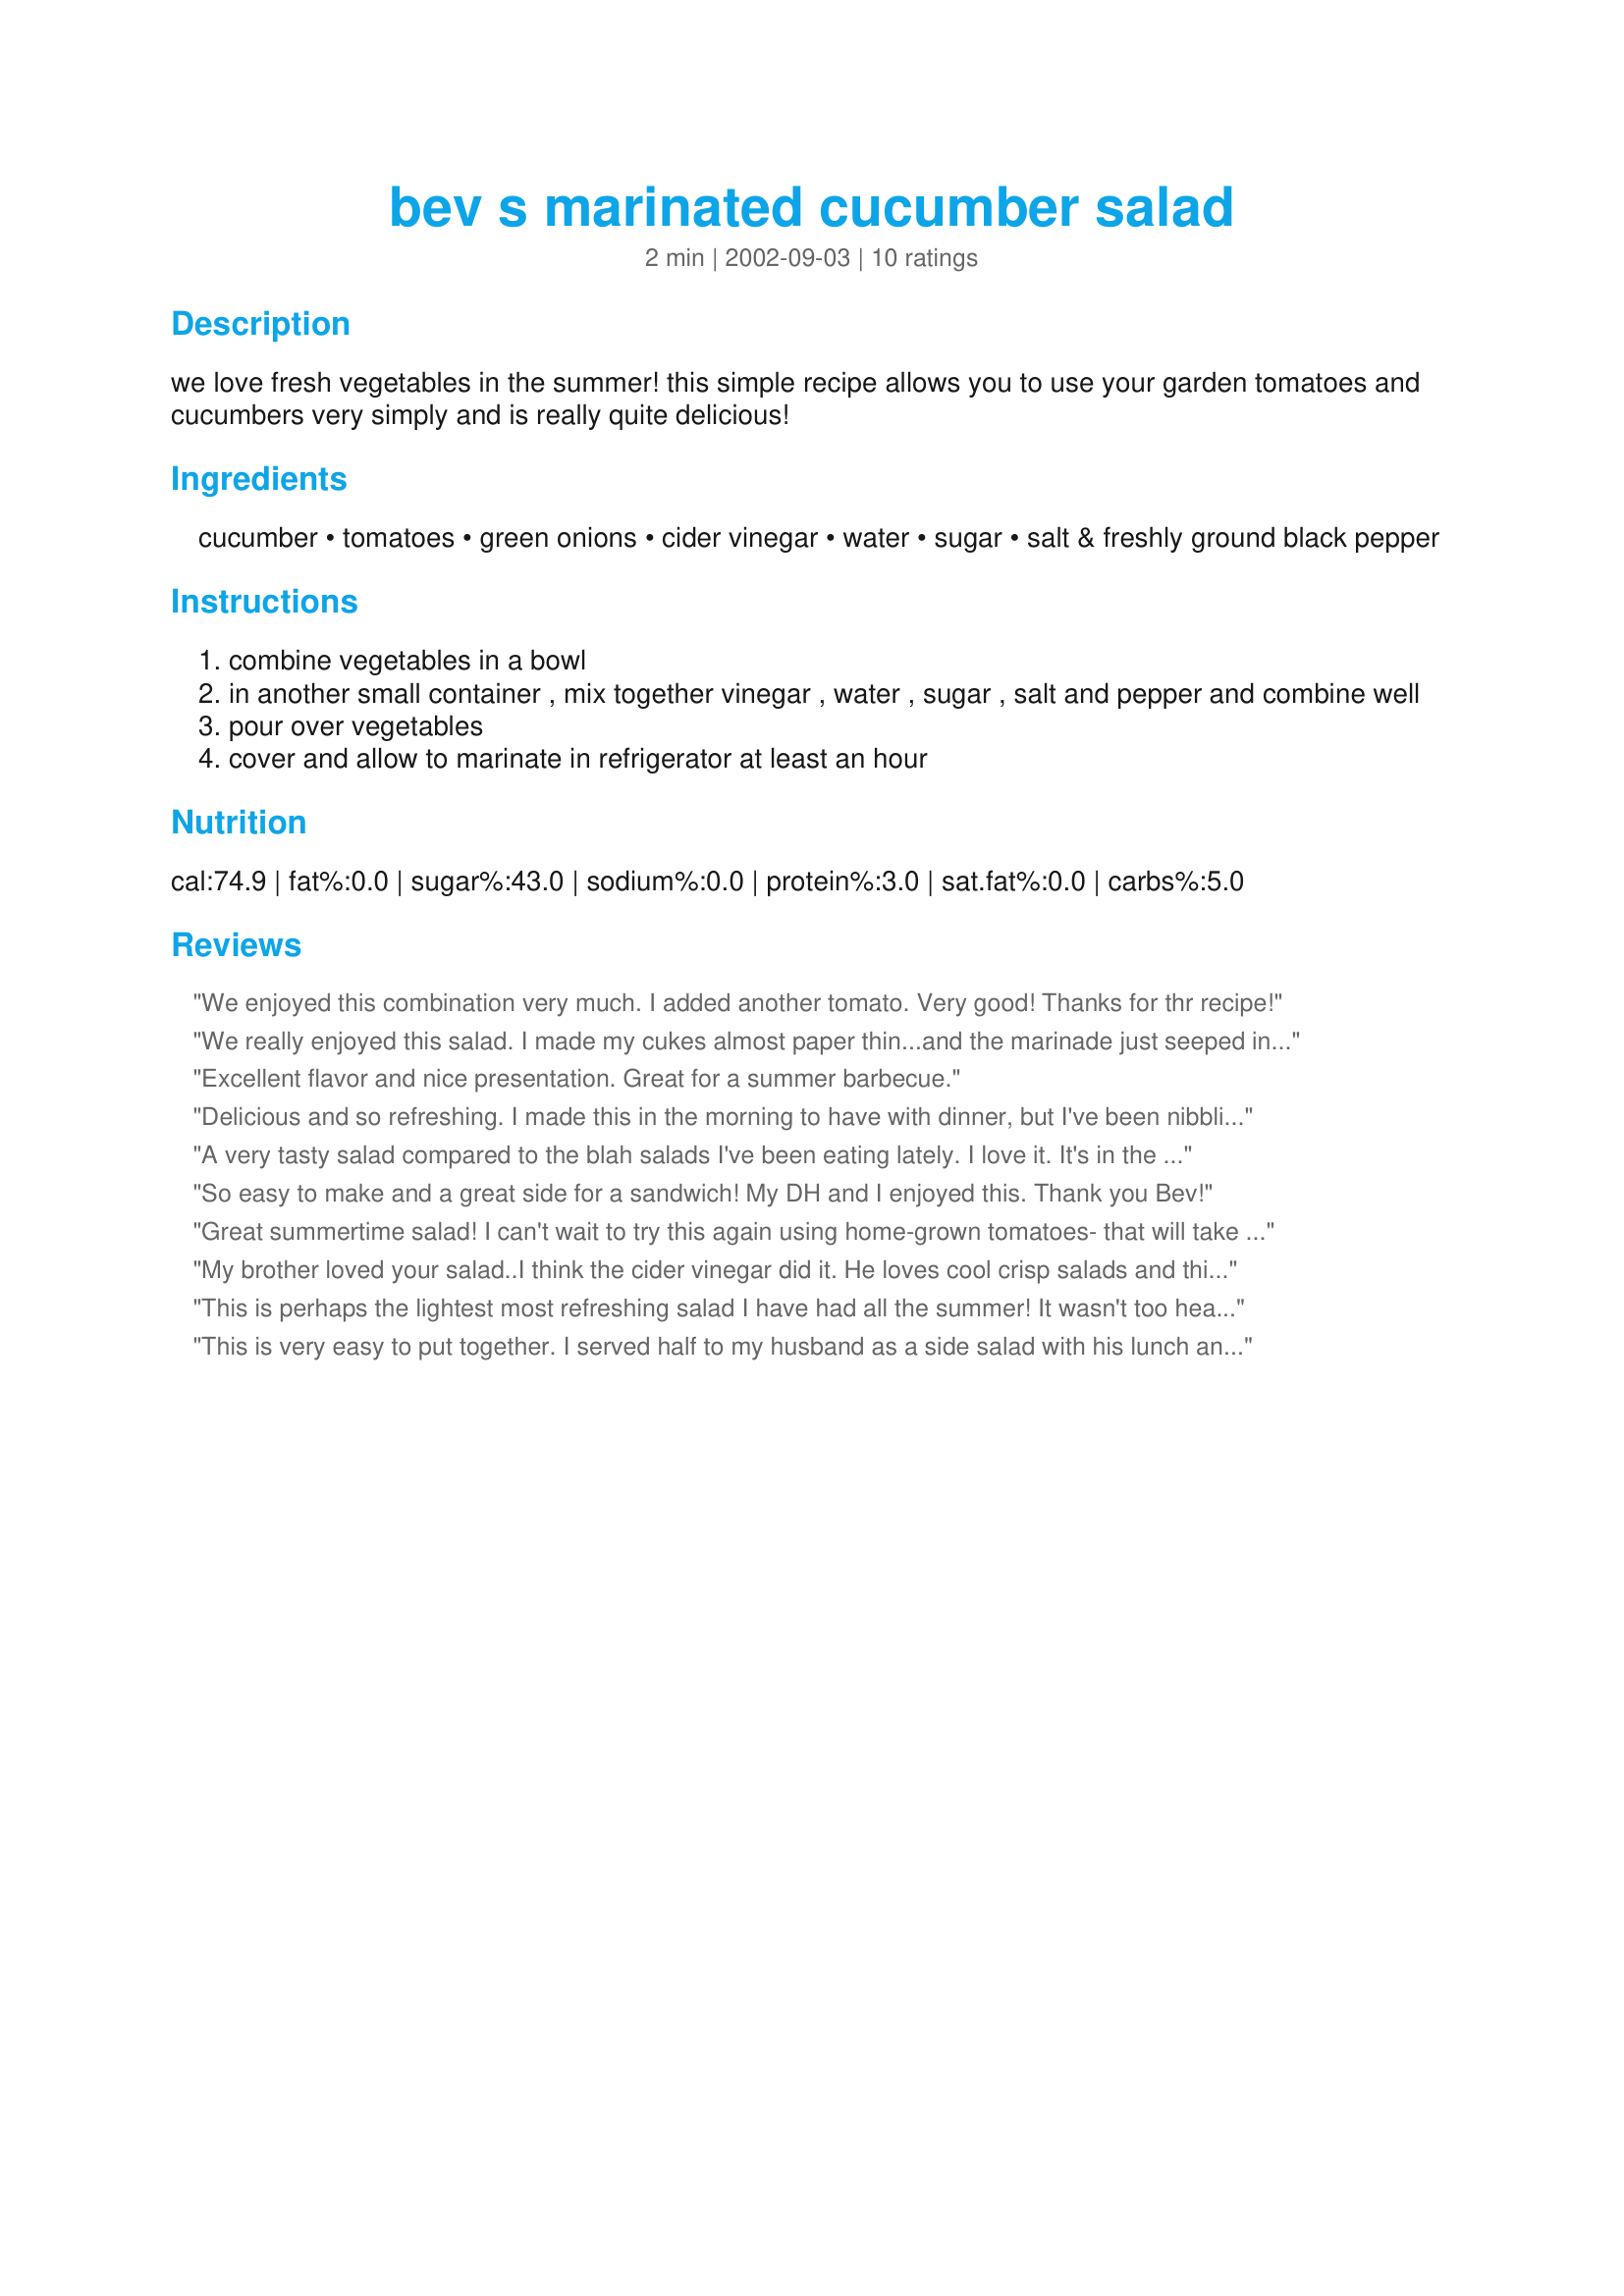
bev s marinated cucumber salad
Preparation time: 2 minutes

we love fresh vegetables in the summer! this simple recipe allows you to use your garden tomatoes and cucumbers very simply and is really quite delicious!

Ingredients:
cucumber, tomatoes, green onions, cider vinegar, water, sugar, salt & freshly ground black pepper

Steps:
combine vegetables in a bowl
in another small container , mix together vinegar , water , sugar , salt and pepper and combine well
pour over vegetables
cover and allow to marinate in refrigerator at least an hour

Reviews:
We enjoyed this combination very much. I added another tomato. Very good! Thanks for thr recipe!
We really enjoyed this salad. I made my cukes almost paper thin...and the marinade just seeped into them. So very good! Thanks Bev!
Excellent flavor and nice presentation. Great for a summer barbecue.
Delicious and so refreshing. I made this in the morning to have with dinner, but I've been nibbling on it all day...it's so addictive. I didn't change a thing, it's great just the way it is. Thanks Bev
A very tasty salad compared to the blah salads I've been eating lately. I love it. It's in the frig now waiting for my daughter to wake up to have some. I didn't have green onions, so I used one shallot. Fabulous. Thank you Bev for making my day and many more to come.
So easy to make and a great side for a sandwich! My DH and I enjoyed this. Thank you Bev!
Great summertime salad! I can't wait to try this again using home-grown tomatoes- that will take this recipe over the top! I used Splenda instead of the regular sugar and a thinly sliced Texas 1015 sweet onion- absolutely delicious!! Thanks for posting this- it will be made often this summer!
My brother loved your salad..I think the cider vinegar did it. He loves cool crisp salads and this did the trick..I added celery to it and he liked it also. Thank You so very much for salad I can make my brother. Hugs
This is perhaps the lightest most refreshing salad I have had all the summer! It wasn't too heavy and still left plenty of room for dinner. I liked it best with lots of tomatoes. On of the best parts of this recipe is how easy it is to make. Perfect for quick and easy summer fare that stll packs alot of flavor.
This is very easy to put together. I served half to my husband as a side salad with his lunch and added chickpeas to mine to make it my meal. Versatile, easy and open to multiple variations - likely to make this again.
